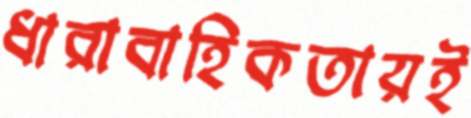
ধারাবাহিকতায়ই